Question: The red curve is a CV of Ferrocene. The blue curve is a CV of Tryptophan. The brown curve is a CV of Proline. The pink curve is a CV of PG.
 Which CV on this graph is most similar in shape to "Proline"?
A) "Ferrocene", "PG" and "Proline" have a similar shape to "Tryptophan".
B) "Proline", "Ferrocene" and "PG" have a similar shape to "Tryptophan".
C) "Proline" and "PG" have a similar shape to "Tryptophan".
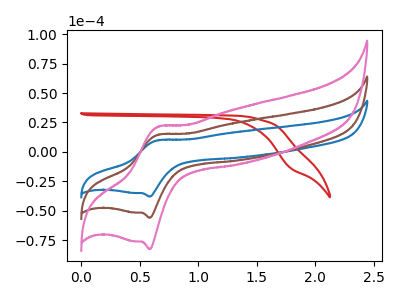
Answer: <think>The red curve "Ferrocene" has no peaks. The blue curve "Tryptophan" has an anodic peak at (0.65V, 9.80uA) and a cathodic peak at (0.60V, -38.05uA). The brown curve "Proline" has an anodic peak at (0.65V, 14.45uA) and a cathodic peak at (0.60V, -56.10uA). The pink curve "PG" has an anodic peak at (0.65V, 28.95uA) and a cathodic peak at (0.60V, -112.25uA).
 "Ferrocene" and "Tryptophan" have a different number of peaks. "Ferrocene" and "Proline" have a different number of peaks. "Ferrocene" and "PG" have a different number of peaks. All the peaks in "Tryptophan" have a peak in "Proline" at the same potential. Every peak in "Tryptophan" is lower than every peak in "Proline". All the peaks in "Tryptophan" have a peak in "PG" at the same potential. Every peak in "Tryptophan" is lower than every peak in "PG". All the peaks in "Proline" have a peak in "PG" at the same potential. Every peak in "Proline" is lower than every peak in "PG".</think>
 <answer>C) "Proline" and "PG" have a similar shape to "Tryptophan".</answer>
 <eval>C</eval>